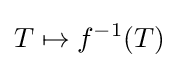
T\mapsto f^{-1}(T)